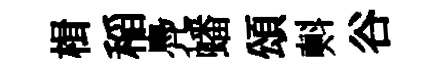
楫稲鳧蟠頌㪺谷